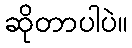
ဆိုတာပါပဲ။